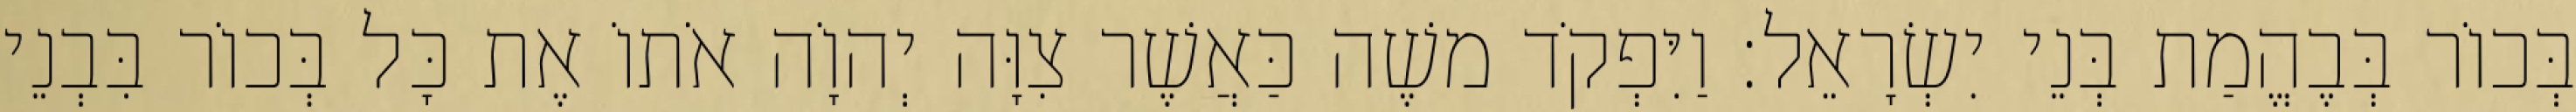
בְּכוֹר בְּבֶהֱמַת בְּנֵי יִשְׂרָאֵל׃ וַיִּפְקֹד משֶׁה כַּאֲשֶׁר צִוָּה יְהוָֹה אֹתוֹ אֶת כָּל בְּכוֹר בִּבְנֵי